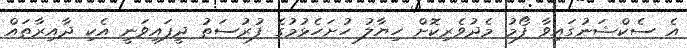
އެ ސެކްޝަނުގައިވާ ފޯމު މެދުވެރިކޮށް ހިޔާލު ހުށަހެޅުމުގެ ފުރުސަތު ދީފައިވަނީ އެކި ދާއިރާތައް